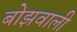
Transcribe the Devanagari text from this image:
बोझवाली